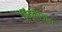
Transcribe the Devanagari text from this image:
हिंद्कोवांस